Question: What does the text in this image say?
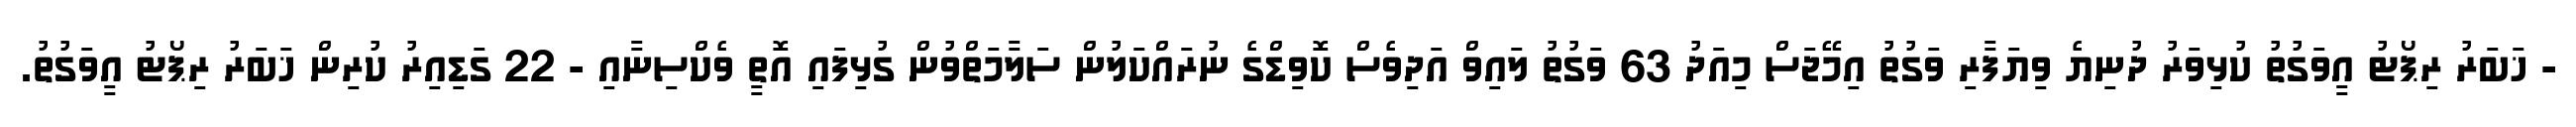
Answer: - ޚަބަރު ރިޕޯޓު އީވަގުތު ކުޅިވަރު ދުނިޔެ ވިޔަފާރި ވަގުތު އިމޭޖަސް މިއަދު 63 ވަގުތު ލައިވް އަދިވެސް ކޮވިޑްގެ ނުރައްކަލުން ސަލާމަތްވުން ގުޅިފައި އޮތީ ވެކްސިނާއި - 22 ގަޑިއިރު ކުރިން ޚަބަރު ރިޕޯޓު އީވަގުތު.